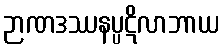
ဉာဏဒဿနပ္ပဋိလာဘာယ